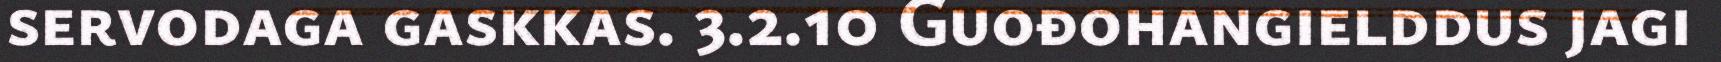
servodaga gaskkas. 3.2.10 Guođohangielddus jagi